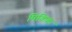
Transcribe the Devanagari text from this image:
मिकिक